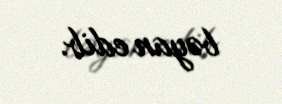
bəyan edib.